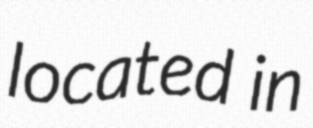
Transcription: located in